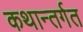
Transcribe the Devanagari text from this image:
कथान्तर्गत